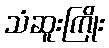
သံဆူးကြိုး